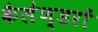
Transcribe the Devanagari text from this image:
कैलेण्डरों